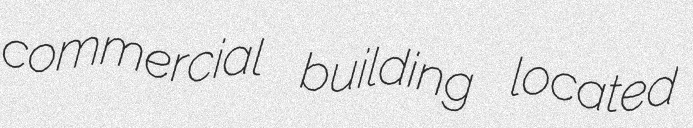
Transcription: commercial building located